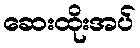
ဆေးထိုးအပ်